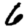
Digit: 6